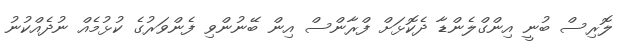
ލޮރިސް ބުނީ އިންގްލެންޑާ ދެކޮޅަށް ފްރާންސް އިން ބޭނުންވި ފެންވަރުގެ ކުޅުމެއް ނުދެއްކުނު